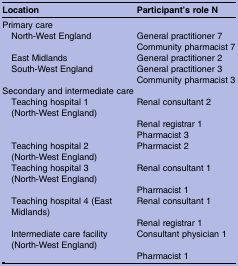
| Location | Participant's role N |
 | --- | --- |
 | <COLSPAN=2> Primary care |
 | North-West England | General practitioner 7 |
 |  | Community pharmacist 7 |
 | East Midlands | General practitioner 2 |
 | South-West England | General practitioner 3 |
 |  | Community pharmacist 3 |
 | <COLSPAN=2> Secondary and intermediate care |
 | Teaching hospital 1 (North-West England) | Renal consultant 2 |
 |  | Renal registrar 1 |
 |  | Pharmacist 3 |
 | Teaching hospital 2 (North-West England) | Pharmacist 2 |
 | Teaching hospital 3 (North-West England) | Renal consultant 1 |
 |  | Pharmacist 1 |
 | Teaching hospital 4 (East Midlands) | Renal consultant 1 |
 |  | Renal registrar 1 |
 | Intermediate care facility (North-West England) | Consultant physician 1 |
 |  | Pharmacist 1 |